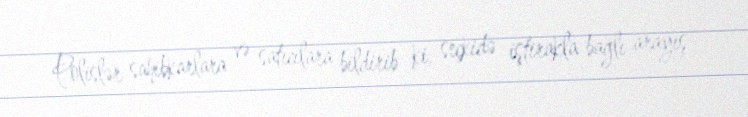
Polislər sahibkarlara və satıcılara bildirib ki, seçkidə iştirakla bağlı arayış